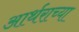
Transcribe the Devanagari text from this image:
आर्थराच्या